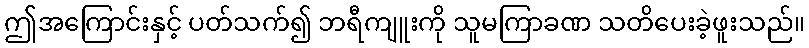
ဤအကြောင်းနှင့် ပတ်သက်၍ ဘရီကျူးကို သူမကြာခဏ သတိပေးခဲ့ဖူးသည်။